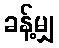
ခန့်မျှ